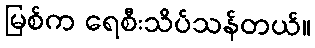
မြစ်က ရေစီးသိပ်သန်တယ်။